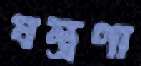
যন্ত্রণা